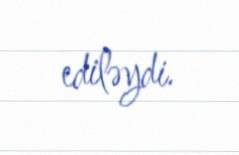
ediləydi.